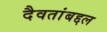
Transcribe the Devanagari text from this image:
दैवतांबद्दल